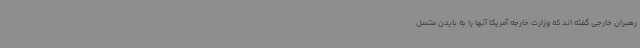
رهبران خارجی گفته اند که وزارت خارجه آمریکا آنها را به بایدن متصل